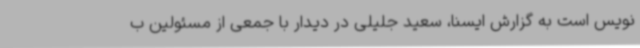
نویس است به گزارش ایسنا، سعید جلیلی در دیدار با جمعی از مسئولین ب